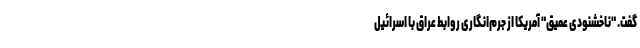
گفت. "ناخشنودی عمیق" آمریکا از جرم‌‌انگاری روابط عراق با اسرائیل